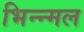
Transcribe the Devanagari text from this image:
भिन्न्मल